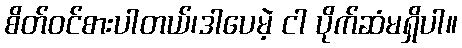
စိတ်ဝင်စားပါတယ်၊ဒါပေမဲ့ ငါ ပိုက်ဆံမရှိပါ။